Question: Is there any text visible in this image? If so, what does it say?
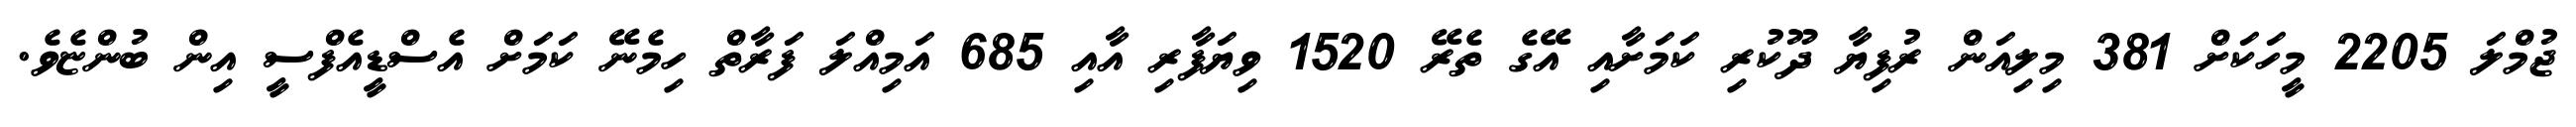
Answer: ޖުމްލަ 2205 މީހަކަށް 381 މިލިއަން ރުފިޔާ ދޫކުރި ކަމަށާއި އޭގެ ތެރޭ 1520 ވިޔަފާރި އާއި 685 އަމިއްލަ ފަރާތް ހިމެނޭ ކަމަށް އެސްޑީއެފްސީ އިން ބުންޏެވެ.